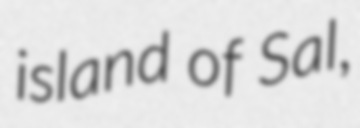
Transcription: island of Sal,